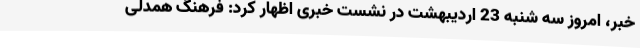
خبر، امروز سه شنبه 23 اردیبهشت در نشست خبری اظهار کرد: فرهنگ همدلی